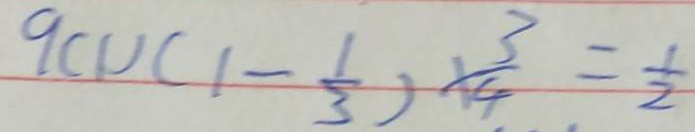
9 ( 1 ) ( 1 - \frac { 1 } { 3 } ) \times \frac { 3 } { 4 } = \frac { 1 } { 2 }